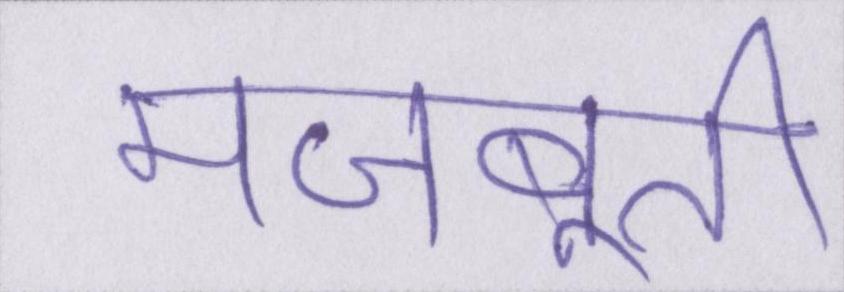
मजबूती